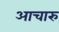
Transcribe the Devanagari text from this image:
आचारु